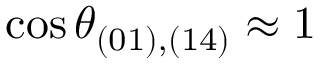
\cos \theta _ { ( 0 1 ) , ( 1 4 ) } \approx 1